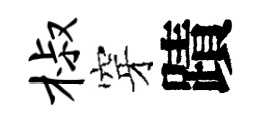
椒穿蹟